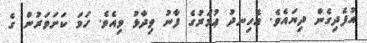
އުފެދިގެން ދިޔައެވެ. އެހިނދު ޢުމަރުގެ ފާނު ވިދާޅު ވިއެވެ. ހަމަ ކަށަވަރުން ގެ